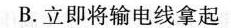
B.立即将输电线拿起